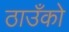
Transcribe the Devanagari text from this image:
ठाउँको